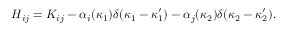
H _ { i j } = K _ { i j } - \alpha _ { i } ( \kappa _ { 1 } ) \delta ( \kappa _ { 1 } - \kappa _ { 1 } ^ { \prime } ) - \alpha _ { j } ( \kappa _ { 2 } ) \delta ( \kappa _ { 2 } - \kappa _ { 2 } ^ { \prime } ) .